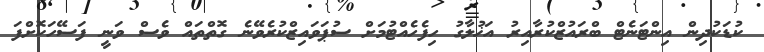
ކުޑަކުދިން އިންޓަނެޓް ބްރައުޒްކުރާއިރު އަޚުލާގު ހިފެހެއްޓުމަށް ސުޕަވައިޒްކުރެވޭނެ ގޮތްތައް ވެސް ވަނީ ފަސޭހަކޮށްފަ